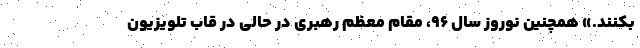
بکنند.» همچنین نوروز سال ۹۶، مقام معظم رهبری در حالی در قاب تلویزیون